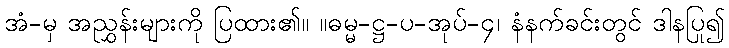
အံ-မှ အညွှန်းများကို ပြထား၏။ ။ဓမ္မ-ဋ္ဌ-ပ-အုပ်-၄၊ နံနက်ခင်းတွင် ဒါနပြု၍